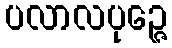
ပလာလပုဉ္ဇေ